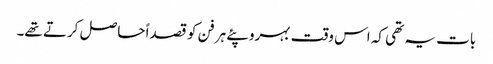
بات یہ تھی کہ اس وقت بہروپئے ہر فن کو قصداً حاصل کرتے تھے۔